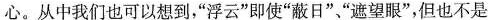
心。从中我们也可以想到，“浮云”即使“蔽日”、“遮望眼”，但也不是